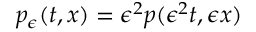
p _ { \epsilon } ( t , x ) = \epsilon ^ { 2 } p ( \epsilon ^ { 2 } t , \epsilon x )